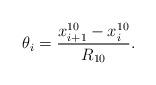
LaTeX: \begin{align*}\theta_i=\frac{x_{i+1}^{10}-x_i^{10}}{R_{10}}. \end{align*}